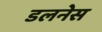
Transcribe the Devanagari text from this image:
डलनेस